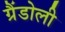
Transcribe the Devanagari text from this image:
ग्रैंडोली